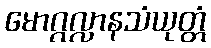
မောဂ္ဂလ္လာနသံယုတ္တံ